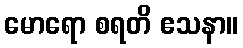
မောရော စရတိ ဧသနာ။